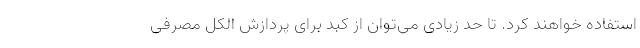
استفاده خواهند کرد. تا حد زیادی می‌توان از کبد برای پردازش الکل مصرفی